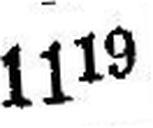
119